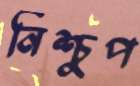
নিশ্চুপ